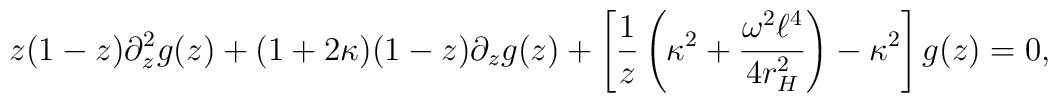
z(1-z)\partial_{z}^2 g(z) +     (1 + 2 \kappa )(1-z)\partial_{z} g(z)     +  \left[ \frac{1}{z} \left(\kappa^2      +  \frac{\omega^2 \ell^4}{4 r_{H}^2}\right) - \kappa^2 \right]g(z) = 0,